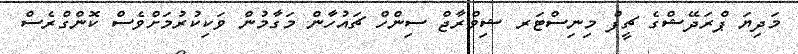
މަދިޔަ ޕްރަދޭޝްގެ ޗީފް މިނިސްޓަރ ޝިވްރާޖް ސިންހް ޗައުހާން މަގާމުން ވަކިކުރުމަށްވެސް ކޮންގްރެސް